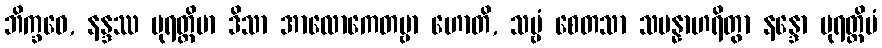
ဘိက္ခဝေ, နန္ဒဿ ပုရတ္ထိမာ ဒိသာ အာလောကေတဗ္ဗာ ဟောတိ, သဗ္ဗံ စေတသာ သမန္နာဟရိတွာ နန္ဒော ပုရတ္ထိမံ